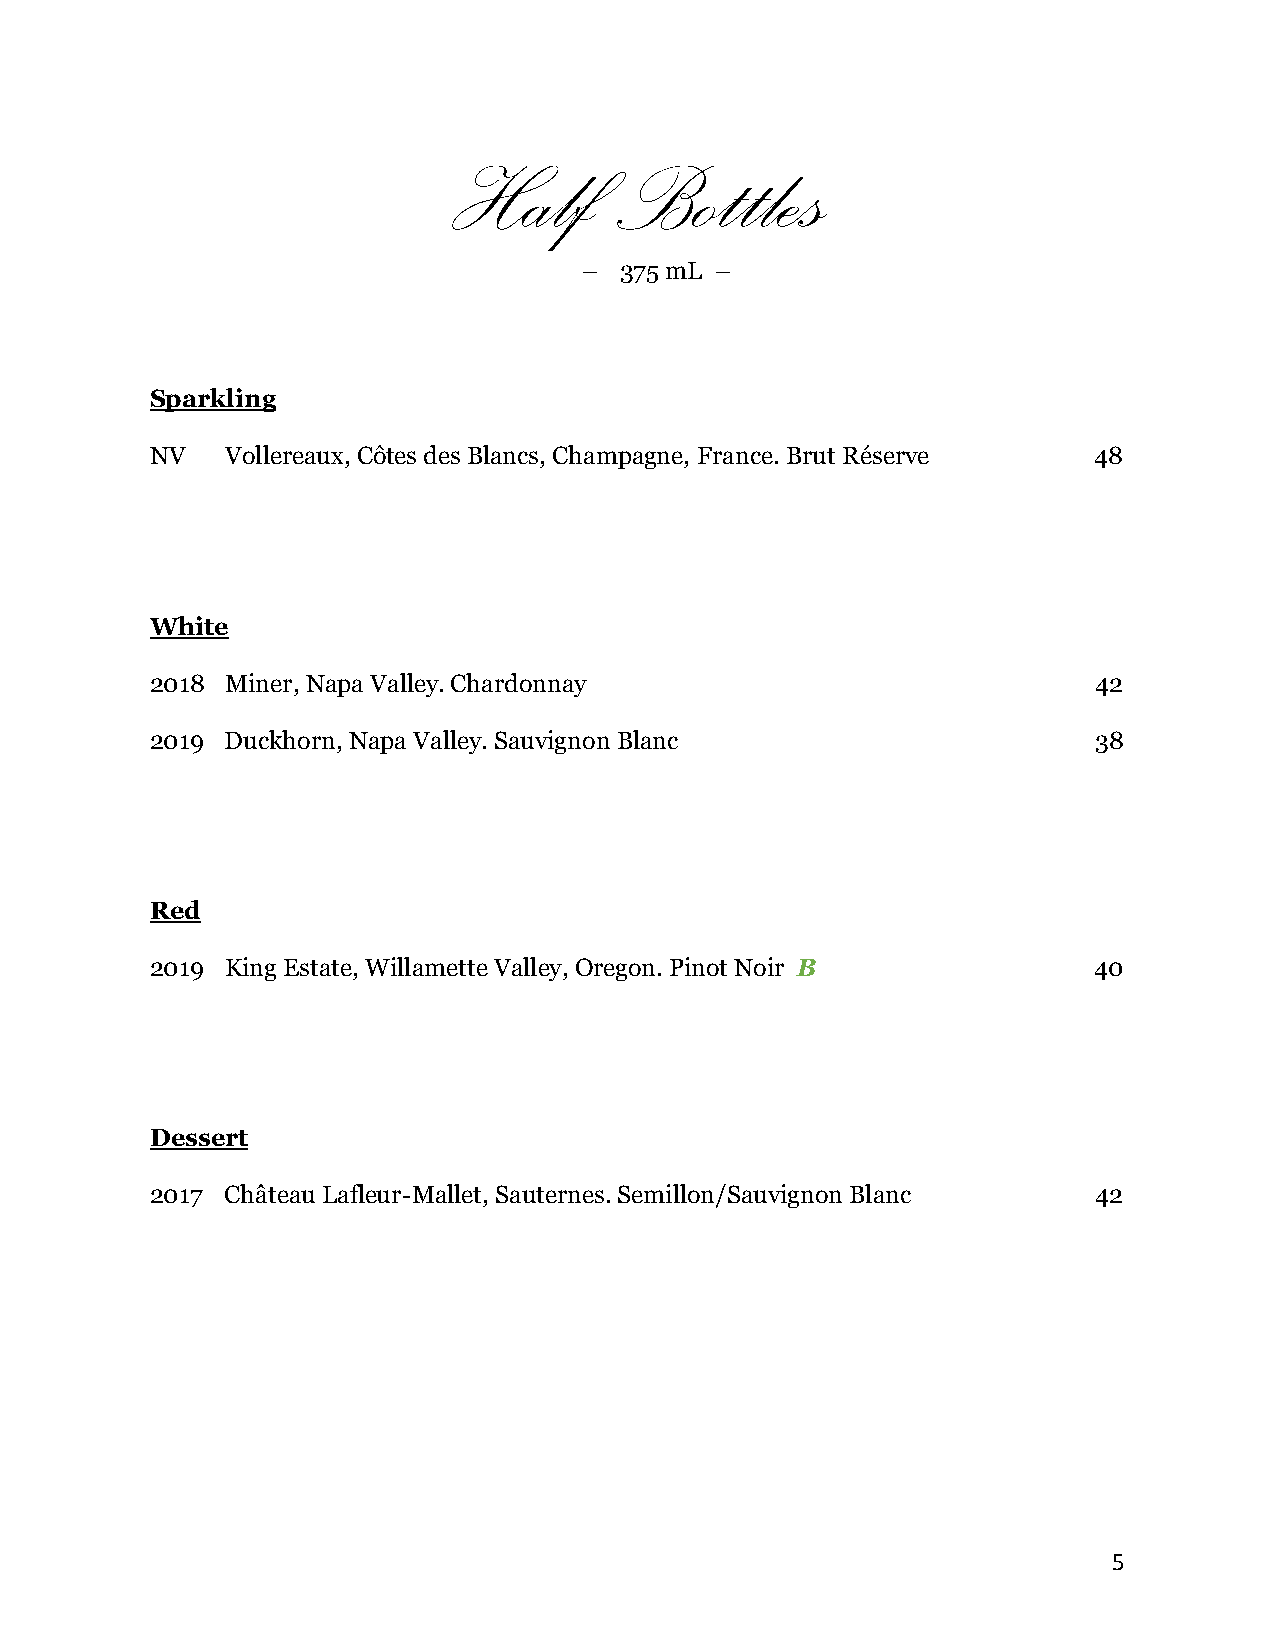
Half       Bottles
 – 375 mL –
 Sparkling
 NV   Vollereaux, Côtes des Blancs, Champagne, France. Brut Réserve 48
 White
 2018 Miner, Napa Valley. Chardonnay                            42
 2019 Duckhorn, Napa Valley. Sauvignon Blanc                   38
 Red
 2019 King Estate, Willamette Valley, Oregon. Pinot Noir B     40
 Dessert
 2017 Château Lafleur-Mallet, Sauternes. Semillon/Sauvignon Blanc 42
 5